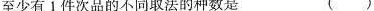
至少有1件次品的不同取法的种数是 ()